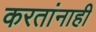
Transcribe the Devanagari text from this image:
करतांनाही